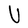
Character: U